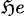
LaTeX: _{\mathfrak{H}e}